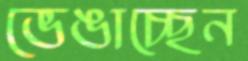
ভেঙাচ্ছেন